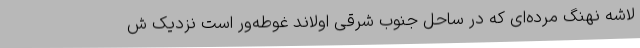
لاشه نهنگ مرده‌ای که در ساحل جنوب شرقی اولاند غوطه‌ور است نزدیک ش